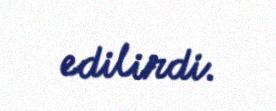
edilirdi.